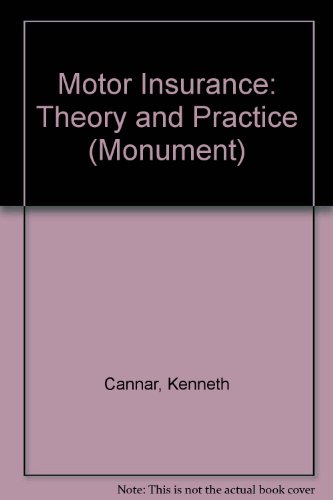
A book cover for Motor Insurance: Theory and Practice (Monument); Kenneth Cannar; Engineering & Transportation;